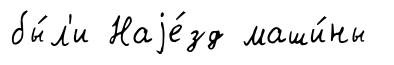
бы́л'и Наjе́зд маши́ны